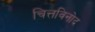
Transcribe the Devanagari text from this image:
चित्तविनोद